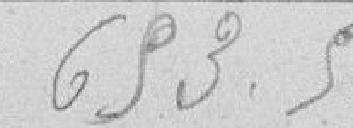
653 50